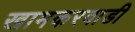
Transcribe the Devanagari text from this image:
खामकरवाडी